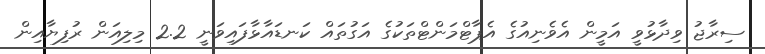
ސިރާޖު ވިދާޅުވީ އަމީން އެވެނިއުގެ އެޕާޓްމަންޓްތަކުގެ އަގުތައް ކަނޑައާޅާފައިވަނީ 2.2 މިލިއަން ރުފިޔާއިން